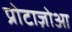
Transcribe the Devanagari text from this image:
प्रोटाज़ोआ